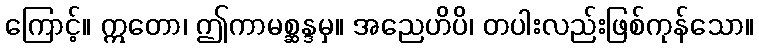
ကြောင့်။ ဣတော၊ ဤကာမစ္ဆန္ဒမှ။ အညေဟိပိ၊ တပါးလည်းဖြစ်ကုန်သော။